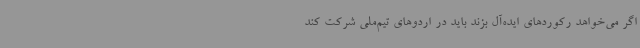
اگر می‌خواهد رکوردهای ایده‌آل بزند باید در اردوهای تیم‌ملی شرکت کند